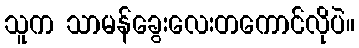
သူက သာမန်ခွေးလေးတကောင်လိုပဲ။